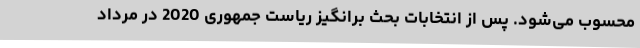
محسوب می‌شود. پس از انتخابات بحث برانگیز ریاست جمهوری 2020 در مرداد